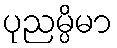
ပုညမ္ပိမာ